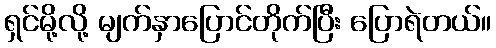
ရှင်မို့လို့ မျက်နှာပြောင်တိုက်ပြီး ပြောရဲတယ်။